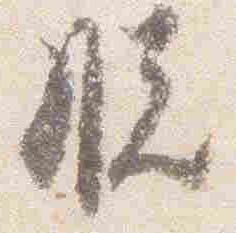
脱